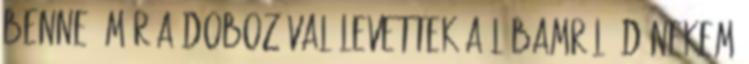
benne. Már a dobozával levettek a lábamról :D Nekem